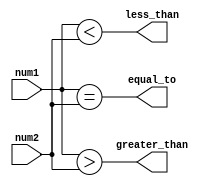
module arithmetic_blocks_inequality_comparator (
    input wire [7:0] num1,
    input wire [7:0] num2,
    output wire greater_than,
    output wire less_than,
    output wire equal_to
);

assign greater_than = num1 > num2;
assign less_than = num1 < num2;
assign equal_to = num1 == num2;

endmodule